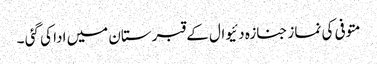
متوفی کی نماز جنازہ دئیوال کے قبرستان میں ادا کی گئی ۔